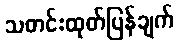
သတင်းထုတ်ပြန်ချက်